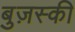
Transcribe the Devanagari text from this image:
बुज़स्की